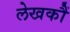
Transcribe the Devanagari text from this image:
लेखकौं